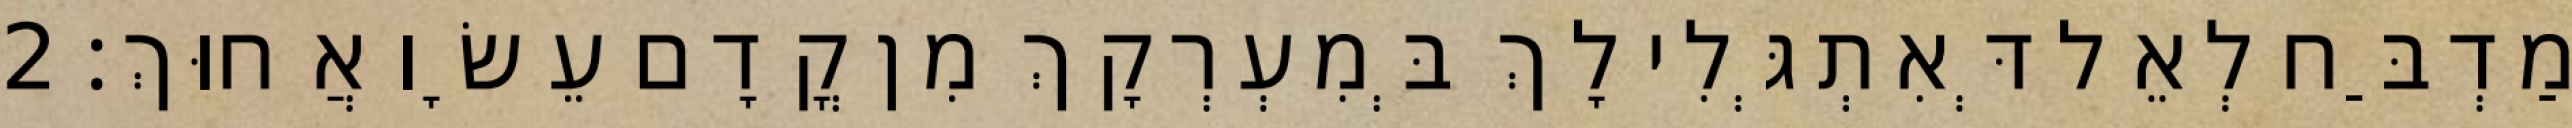
מַדְבַּח לְאֵל דְּאִתְגְּלִי לָךְ בְּמִעְרְקָךְ מִן קֳדָם עֵשָׂו אֲחוּךְ׃ 2